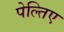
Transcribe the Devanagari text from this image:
पेल्तिए